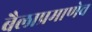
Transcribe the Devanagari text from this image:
बैलाप्रमाणेच